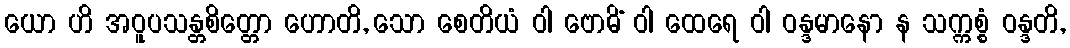
ယော ဟိ အဝူပသန္တစိတ္တော ဟောတိ, သော စေတိယံ ဝါ ဗောဓိံ ဝါ ထေရေ ဝါ ဝန္ဒမာနော န သက္ကစ္စံ ဝန္ဒတိ,